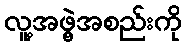
လူ့အဖွဲ့အစည်းကို